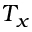
T _ { x }